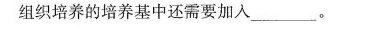
组织培养的培养基中还需要加入___。